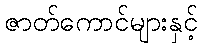
ဇာတ်ကောင်များနှင့်